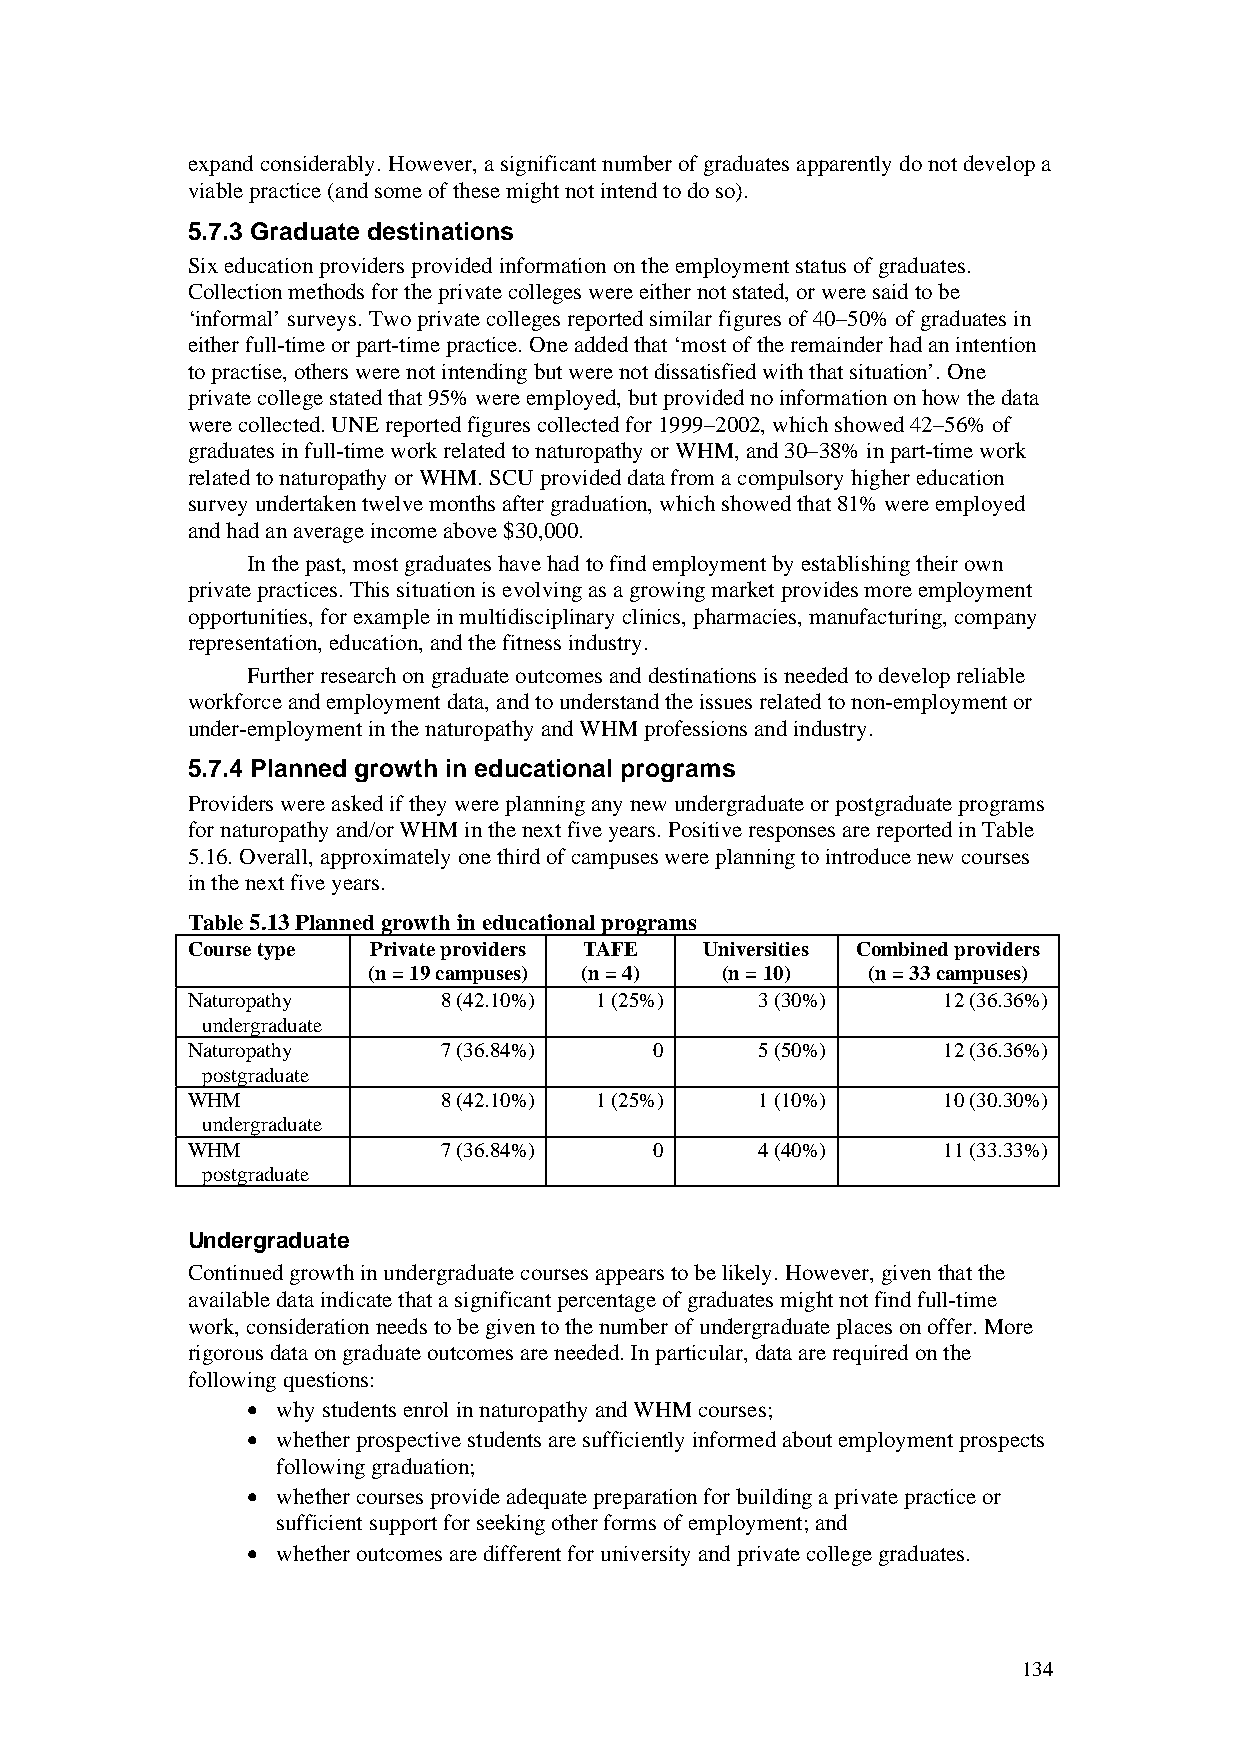
expand considerably. However, a significant number of graduates apparently do not develop a
 viable practice (and some of these might not intend to do so).
 5.7.3 Graduate destinations
 Six education providers provided information on the employment status of graduates.
 Collection methods for the private colleges were either not stated, or were said to be
 ‘informal’ surveys. Two private colleges reported similar figures of 40–50% of graduates in
 either full-time or part-time practice. One added that ‘most of the remainder had an intention
 to practise, others were not intending but were not dissatisfied with that situation’. One
 private college stated that 95% were employed, but provided no information on how the data
 were collected. UNE reported figures collected for 1999–2002, which showed 42–56% of
 graduates in full-time work related to naturopathy or WHM, and 30–38% in part-time work
 related to naturopathy or WHM. SCU provided data from a compulsory higher education
 survey undertaken twelve months after graduation, which showed that 81% were employed
 and had an average income above $30,000.
 In the past, most graduates have had to find employment by establishing their own
 private practices. This situation is evolving as a growing market provides more employment
 opportunities, for example in multidisciplinary clinics, pharmacies, manufacturing, company
 representation, education, and the fitness industry.
 Further research on graduate outcomes and destinations is needed to develop reliable
 workforce and employment data, and to understand the issues related to non-employment or
 under-employment in the naturopathy and WHM professions and industry.
 5.7.4 Planned growth in educational programs
 Providers were asked if they were planning any new undergraduate or postgraduate programs
 for naturopathy and/or WHM in the next five years. Positive responses are reported in Table
 5.16. Overall, approximately one third of campuses were planning to introduce new courses
 in the next five years.
 Table 5.13 Planned growth in educational programs
 Course type Private providers TAFE Universities Combined providers
 (n = 19 campuses) (n = 4) (n = 10) (n = 33 campuses)
 Naturopathy      8 (42.10%) 1 (25%)   3 (30%)     12 (36.36%)
 undergraduate
 Naturopathy      7 (36.84%)    0      5 (50%)     12 (36.36%)
 postgraduate
 WHM              8 (42.10%) 1 (25%)   1 (10%)     10 (30.30%)
 undergraduate
 WHM              7 (36.84%)    0      4 (40%)     11 (33.33%)
 postgraduate
 Undergraduate
 Continued growth in undergraduate courses appears to be likely. However, given that the
 available data indicate that a significant percentage of graduates might not find full-time
 work, consideration needs to be given to the number of undergraduate places on offer. More
 rigorous data on graduate outcomes are needed. In particular, data are required on the
 following questions:
 • why students enrol in naturopathy and WHM courses;
 • whether prospective students are sufficiently informed about employment prospects
 following graduation;
 • whether courses provide adequate preparation for building a private practice or
 sufficient support for seeking other forms of employment; and
 • whether outcomes are different for university and private college graduates.
 134